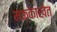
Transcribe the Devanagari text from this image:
मक्काखेत